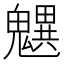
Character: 𩴜